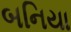
બનિયા